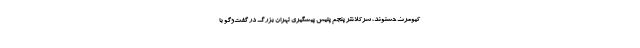
کیومرث حسنوند، سرکلانتر پنجم پلیس پیشگیری تهران بزرگ در گفت‌وگو با